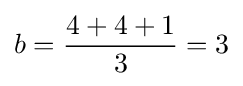
b={\frac {4+4+1}{3}}=3